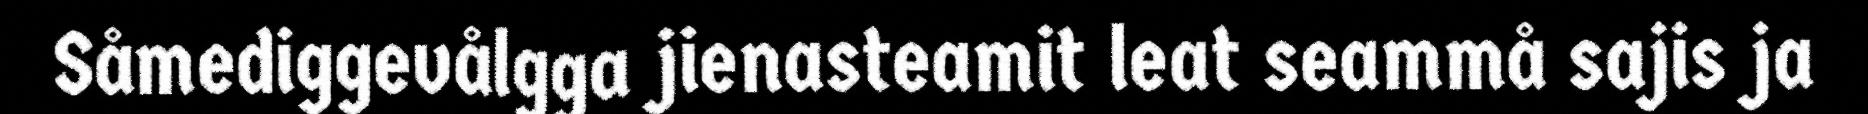
Såmediggevålgga jienasteamit leat seammå sajis ja